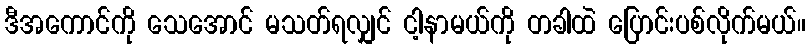
ဒီအကောင်ကို သေအောင် မသတ်ရလျှင် ငါ့နာမယ်ကို တခါထဲ ပြောင်းပစ်လိုက်မယ်။